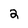
Character: 2